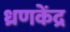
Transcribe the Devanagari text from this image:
ध्रणकेंद्र